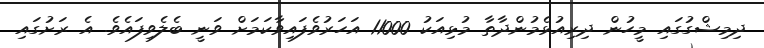
ދިމިޝްގުގައި މީހުން ދިރިއުޅެމުންދާތާ މުޅިއަކު 11000 އަހަރުވެފައިވާކަމަށް ވަނީ ބެލެވިފައެވެ. އެ ރަށުގައި